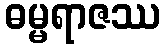
ဓမ္မရာဇဿ